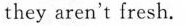
they aren't fresh.